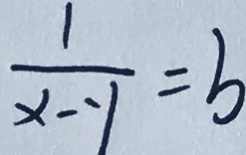
\frac { 1 } { x - y } = b